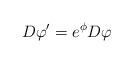
LaTeX: \begin{align*}D\varphi ^{\prime }=e^\phi D\varphi \end{align*}